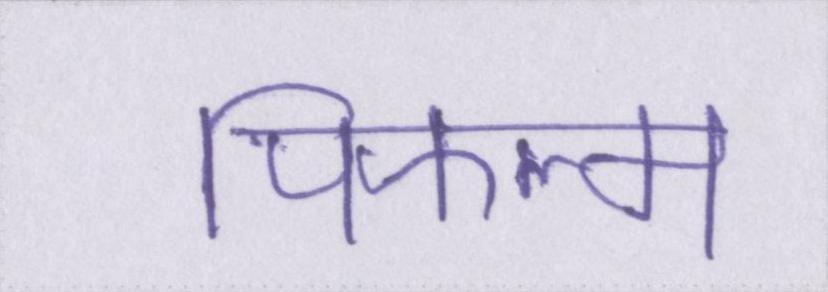
पिफल्म